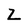
Character: L